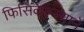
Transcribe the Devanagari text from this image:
फिसिकेल्ल्याने